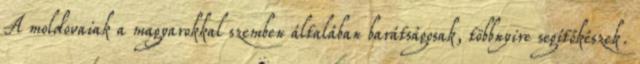
A moldovaiak a magyarokkal szemben általában barátságosak, többnyire segítőkészek.